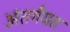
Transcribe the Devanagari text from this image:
अंतर्गयत